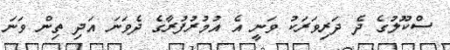
ސްކޫލުގެ ދެ ދަރިވަރަކު ވަނީ އެ އުމުރުފުރާގެ ދެވަނަ އަދި ތިން ވަނަ